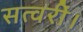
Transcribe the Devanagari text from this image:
सत्वरीं।